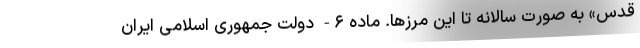
قدس» به صورت سالانه تا این مرزها. ماده ۶- دولت جمهوری اسلامی ایران